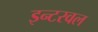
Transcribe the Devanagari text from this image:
इन्टरवल